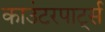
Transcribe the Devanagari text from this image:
काउंटरपार्ट्स